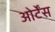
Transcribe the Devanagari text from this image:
ओर्टेंस